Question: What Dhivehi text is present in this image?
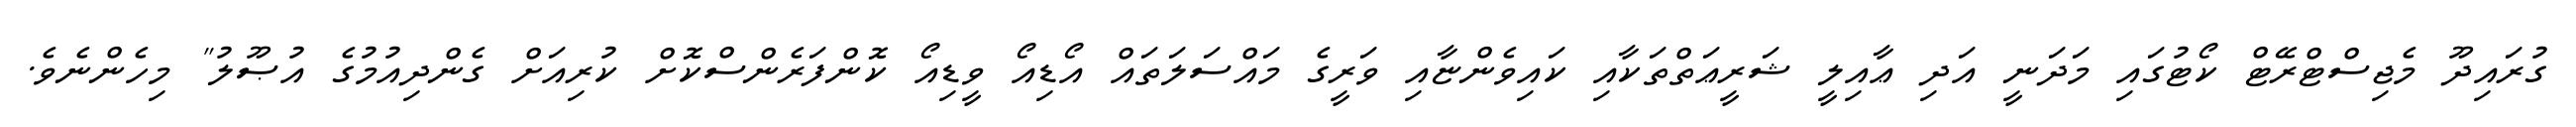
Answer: ގުރައިދޫ މެޖިސްޓްރޭޓް ކޯޓުގައި މަދަނީ އަދި ޢާއިލީ ޝަރީޢަތްތަކާއި ކައިވެންޏާއި ވަރީގެ މައްސަލަތައް އޯޑިއޯ ވީޑިއޯ ކޮންފަރެންސްކޮށް ކުރިއަށް ގެންދިއުމުގެ އުޞޫލު" މިހެންނެވެ.